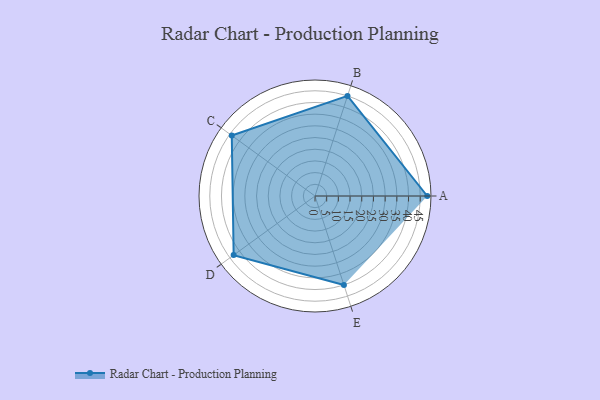
{"axis": {"x": "Skill", "y": "Score"}, "legend": ["Profile"], "data": [{"x": "A", "y": 48.0, "type": "Profile"}, {"x": "B", "y": 45.0, "type": "Profile"}, {"x": "C", "y": 44.0, "type": "Profile"}, {"x": "D", "y": 43.0, "type": "Profile"}, {"x": "E", "y": 40.0, "type": "Profile"}]}